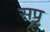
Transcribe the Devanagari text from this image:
सपृ